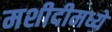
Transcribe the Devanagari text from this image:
मशीदीमध्ये